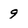
Character: 9